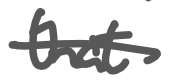
Text: that
Cross-out: mix
Writing tool: digital_gray